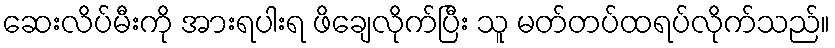
ဆေးလိပ်မီးကို အားရပါးရ ဖိချေလိုက်ပြီး သူ မတ်တပ်ထရပ်လိုက်သည်။